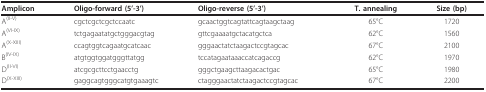
<table><thead><tr><td><b>Amplicon</b></td><td><b>Oligo-forward (5'-3')</b></td><td><b>Oligo-reverse (5'-3')</b></td><td><b>T. annealing</b></td><td><b>Size (bp)</b></td></tr></thead><tbody><tr><td>A<sup>(II-V)</sup></td><td>cgctcgctcgctccaatc</td><td>gcaactggtcagtattcagtaagctaag</td><td>65°C</td><td>1720</td></tr><tr><td>A<sup>(VI-IX)</sup></td><td>tctgagaatatgctgggacgtag</td><td>gttcgaaaatgctacatgctca</td><td>62°C</td><td>1560</td></tr><tr><td>A<sup>(X-XIII)</sup></td><td>ccagtggtcagaatgcatcaac</td><td>gggaactatctaagactccgtagcac</td><td>67°C</td><td>2100</td></tr><tr><td>B<sup>(IV-IX)</sup></td><td>atgtggtggatgggttatgg</td><td>tccatagaataaaccatcagaccg</td><td>62°C</td><td>1970</td></tr><tr><td>D<sup>(II-VI)</sup></td><td>atcgcgcttcctgaacctg</td><td>gggctgaagcttaagacactgac</td><td>65°C</td><td>1980</td></tr><tr><td>D<sup>(X-XIII)</sup></td><td>gaggcagtgggcatgtgaaagtc</td><td>ctagggaactatctaagactccgtagcac</td><td>67°C</td><td>2200</td></tr></tbody></table>